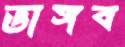
ভাঙ্গব